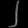
Digit: ၂